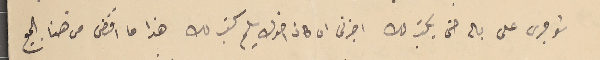
شو جرى على باله حتى يكتب لك اخبرنى ان كان اخوك يسلم كتب لك هذا ما اقتضى من هنا الجميع